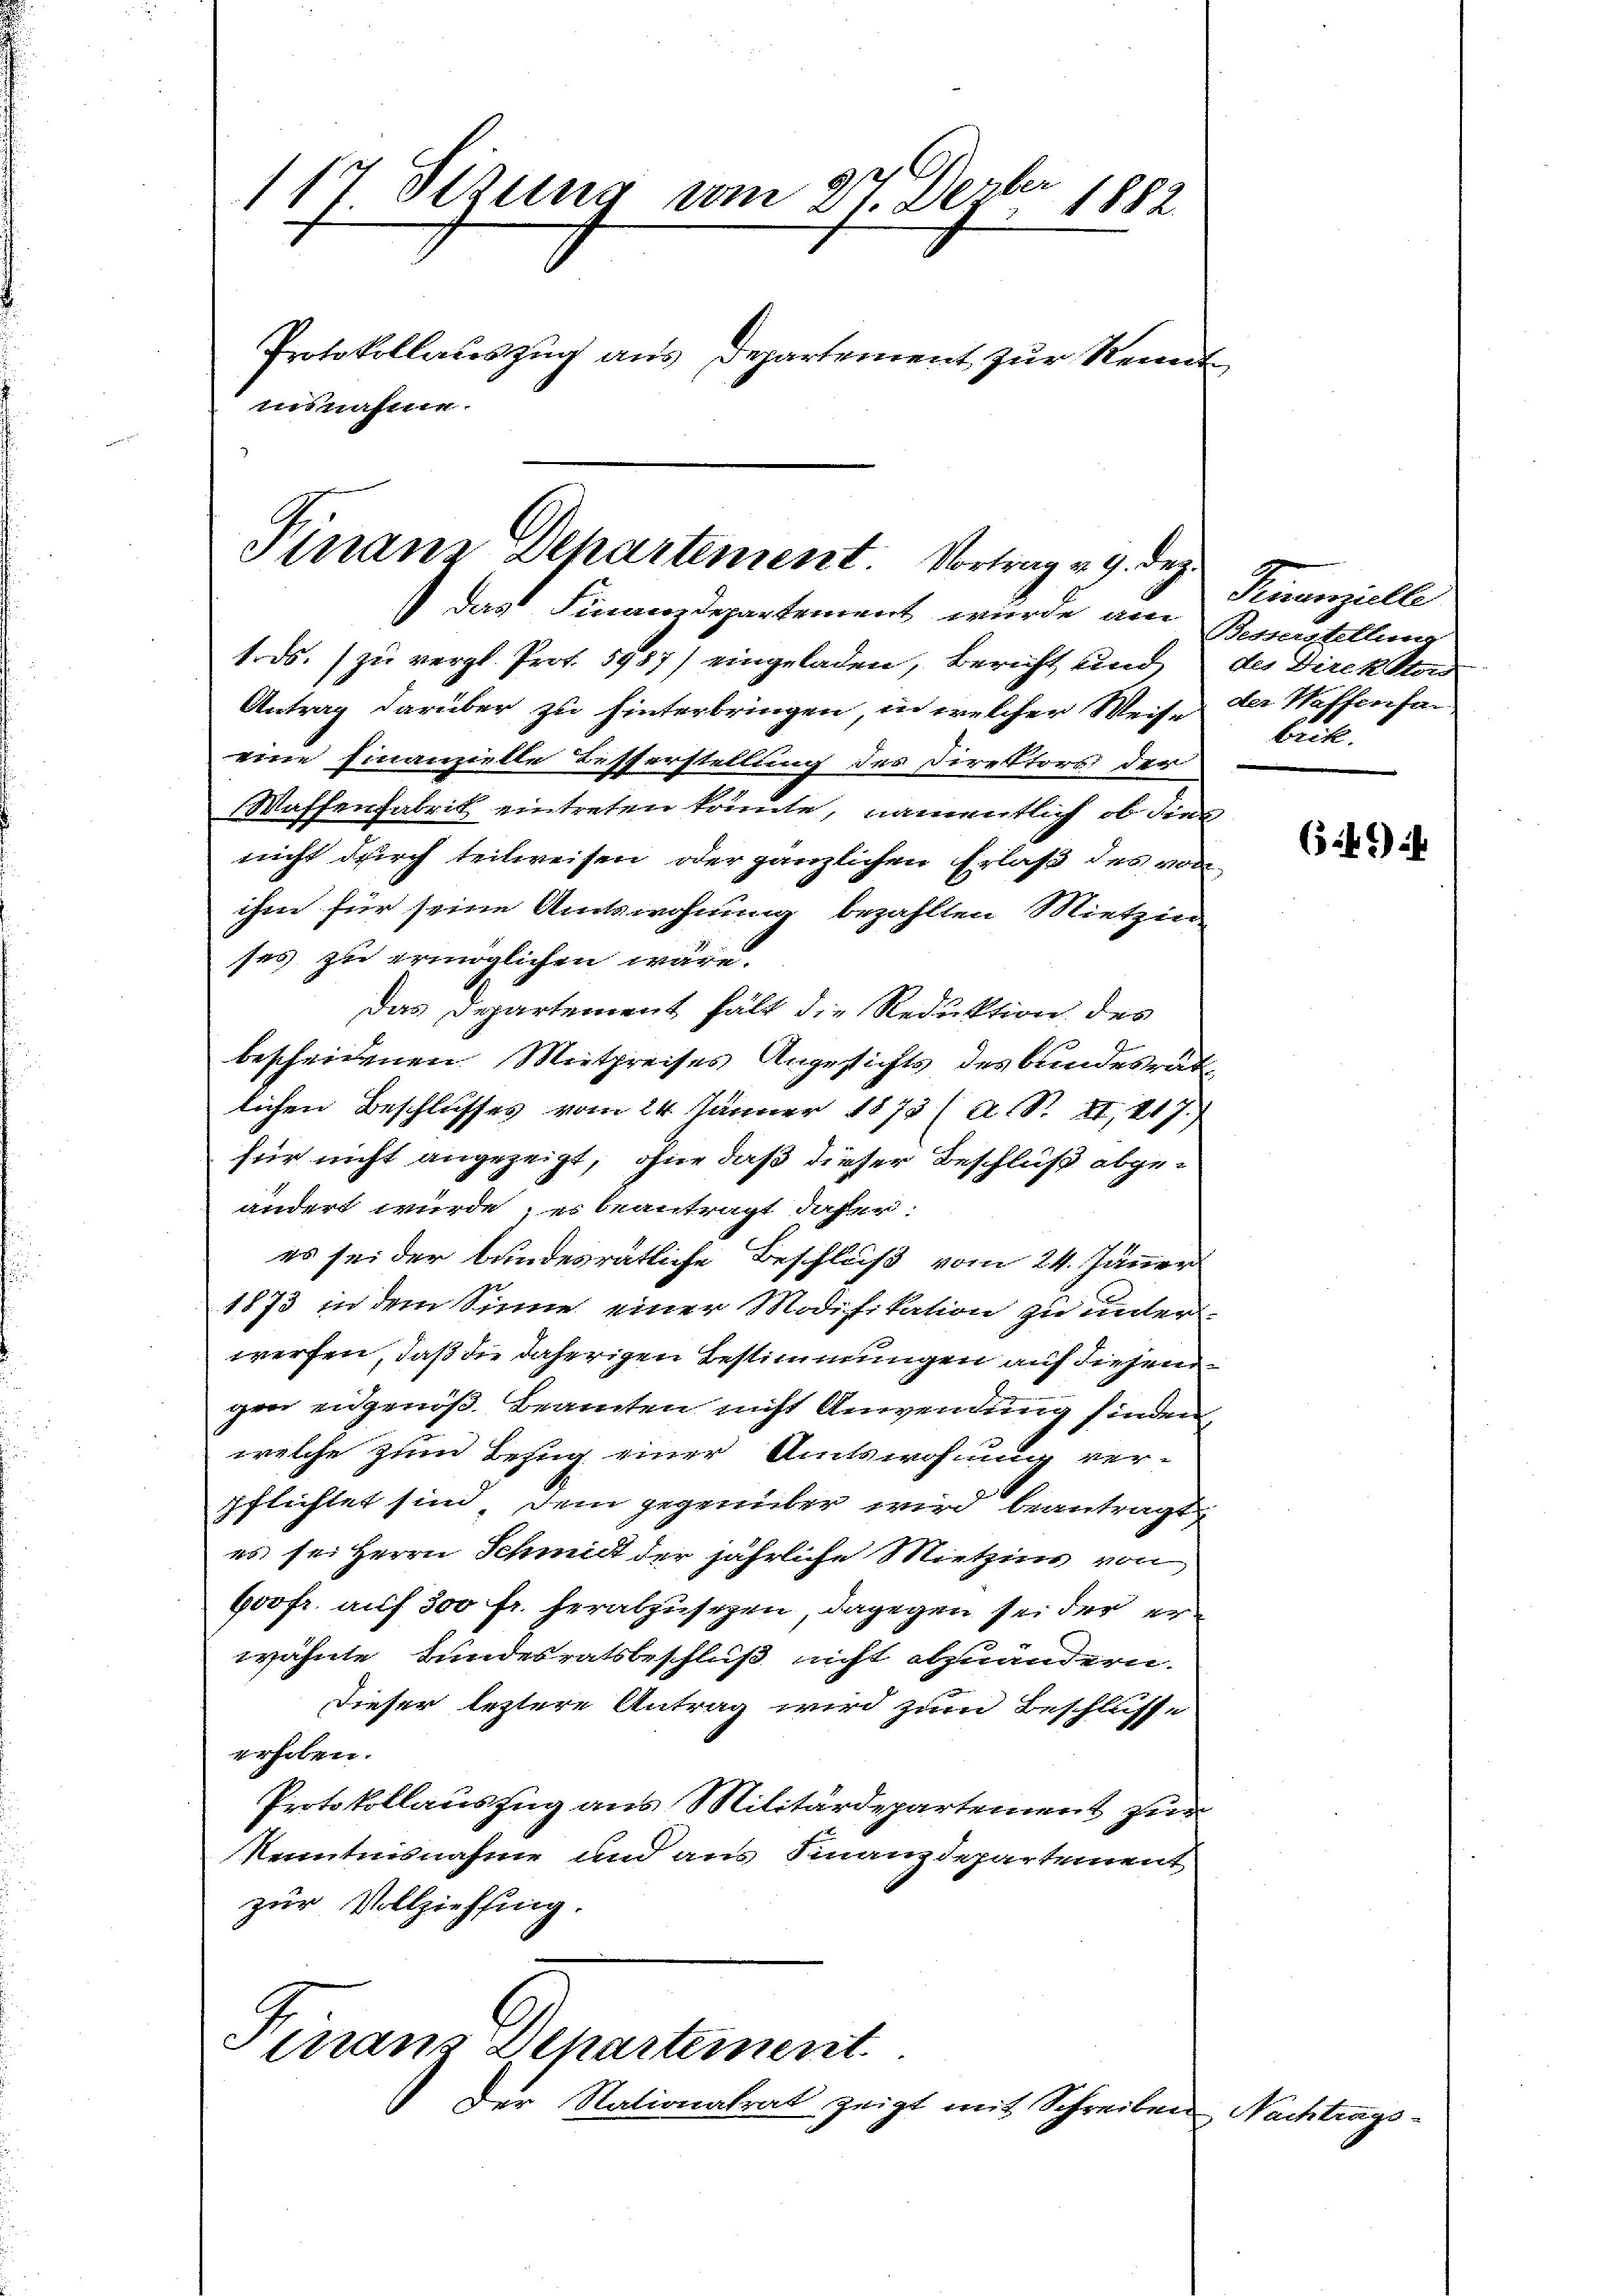
g
11. Sizung vom 27. Derter
1882.
Protokollauszug aus Departement zur Kennt
isnahme.

Finan Departement. Vortrag u. 9. dez
 das Finanzdepartement wurde am

1. ds. zu vergl. Prot. 5987) eingeladen, Bericht und
Antrag darüber zu hinterbringen, in welcher Weise
eine Finanzielle Besserstellung des Direktors der
Waffenfabrik eintreten könnte, namentlich ob die
nicht durch teilweisen oder gänzlichen Erlaß des von
ihm für seine Amtswohnung bezahlten Mietzin
ses zu ermöglichen wäre.
das Departement hält die Reduktion des
bescheidenen Mitpreises Angesichts des Bundesrat
lichen Beschlusses vom 24. Jänner 1873 (A. S. XI, 217.
für nicht angezeigt, ohne daß dieser Beschluß abgeändert würde; es beantragt daher:
es sei der Bundesrätliche Beschluß vom 24. Jäner
1873 in dem Sinne einer Modifikation zu unter
werfen, daß die daherigen Bestimmungen auf diesen
gen eidgenöß. Beamten nicht Anwendung finden
welche zum Bezug einer Amtswohung verpflichtet sind dem gegenüber wird beantragt
es sei Herrn Schmidt der jährliche Mietzins von
boofr. auf 300 fr. herabzusehen, dagegen sei der erwähnte Bundesratsbeschluß nicht abzuändern.
dieser leztere Antrag wird zum Beschlusse
erhoben.
Protokollauszug aus Militärdepartement zur
Kenntnisnahme und aus Finanzdepartement
zur Vollziehung.

Finanz Departement
Der Nationalrat zeigt mit Schreiben

Finanzielle
Besserstellung
des Direkton
der Waffenfan
bick.

Nachtrags

(5:2) üb